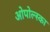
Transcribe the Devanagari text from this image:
ओपोल्स्का